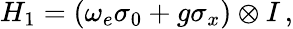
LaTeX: H_{1}=(\omega_{e}\sigma_{0}+g\sigma_{x})\otimes I\, ,